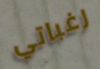
رغباتي